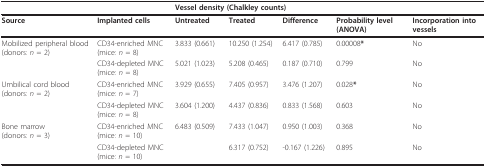
<table><thead><tr><td></td><td></td><td colspan="3"><b>Vessel density (Chalkley counts)</b></td><td></td><td></td></tr></thead><tbody><tr><td><b>Source</b></td><td><b>Implanted cells</b></td><td><b>Untreated</b></td><td><b>Treated</b></td><td><b>Difference</b></td><td><b>Probability level (ANOVA)</b></td><td><b>Incorporation into vessels</b></td></tr><tr><td>Mobilized peripheral blood(donors: <i>n </i>= 2)</td><td>CD34-enriched MNC(mice: <i>n </i>= 8)</td><td>3.833 (0.661)</td><td>10.250 (1.254)</td><td>6.417 (0.785)</td><td>0.00008<b>*</b></td><td>No</td></tr><tr><td></td><td>CD34-depleted MNC(mice: <i>n </i>= 8)</td><td>5.021 (1.023)</td><td>5.208 (0.465)</td><td>0.187 (0.710)</td><td>0.799</td><td>No</td></tr><tr><td>Umbilical cord blood(donors: <i>n </i>= 2)</td><td>CD34-enriched MNC(mice: <i>n </i>= 7)</td><td>3.929 (0.655)</td><td>7.405 (0.957)</td><td>3.476 (1.207)</td><td>0.028<b>*</b></td><td>No</td></tr><tr><td></td><td>CD34-depleted MNC(mice: <i>n </i>= 8)</td><td>3.604 (1.200)</td><td>4.437 (0.836)</td><td>0.833 (1.568)</td><td>0.603</td><td>No</td></tr><tr><td>Bone marrow(donors: <i>n </i>= 3)</td><td>CD34-enriched MNC(mice: <i>n </i>= 10)</td><td>6.483 (0.509)</td><td>7.433 (1.047)</td><td>0.950 (1.003)</td><td>0.368</td><td>No</td></tr><tr><td></td><td>CD34-depleted MNC(mice: <i>n </i>= 10)</td><td></td><td>6.317 (0.752)</td><td>-0.167 (1.226)</td><td>0.895</td><td>No</td></tr></tbody></table>